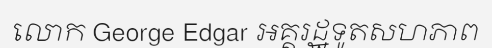
លោក George Edgar អគ្គរដ្ឋទូតសហភាព